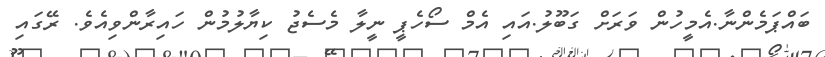
ބައްޕަމެންނާ.އެމީހުން ވަރަށް ގަބޫލު.އައި އެމް ސޯހެޕީ ނީލާ މެސެޖު ކިޔާލުމުން ހައިރާންވިއެވެ. ރޭގައި